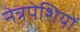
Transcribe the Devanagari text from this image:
नेत्रपेशियों